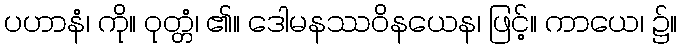
ပဟာနံ၊ ကို။ ဝုတ္တံ၊ ၏။ ဒေါမနဿဝိနယေန၊ ဖြင့်။ ကာယေ၊ ၌။